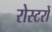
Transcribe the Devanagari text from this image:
रोस्टरों